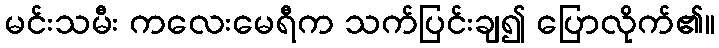
မင်းသမီး ကလေးမေရီက သက်ပြင်းချ၍ ပြောလိုက်၏။